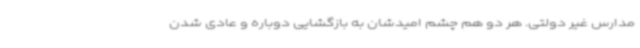
مدارس غیر دولتی. هر دو هم چشم امیدشان به بازگشایی دوباره و عادی شدن